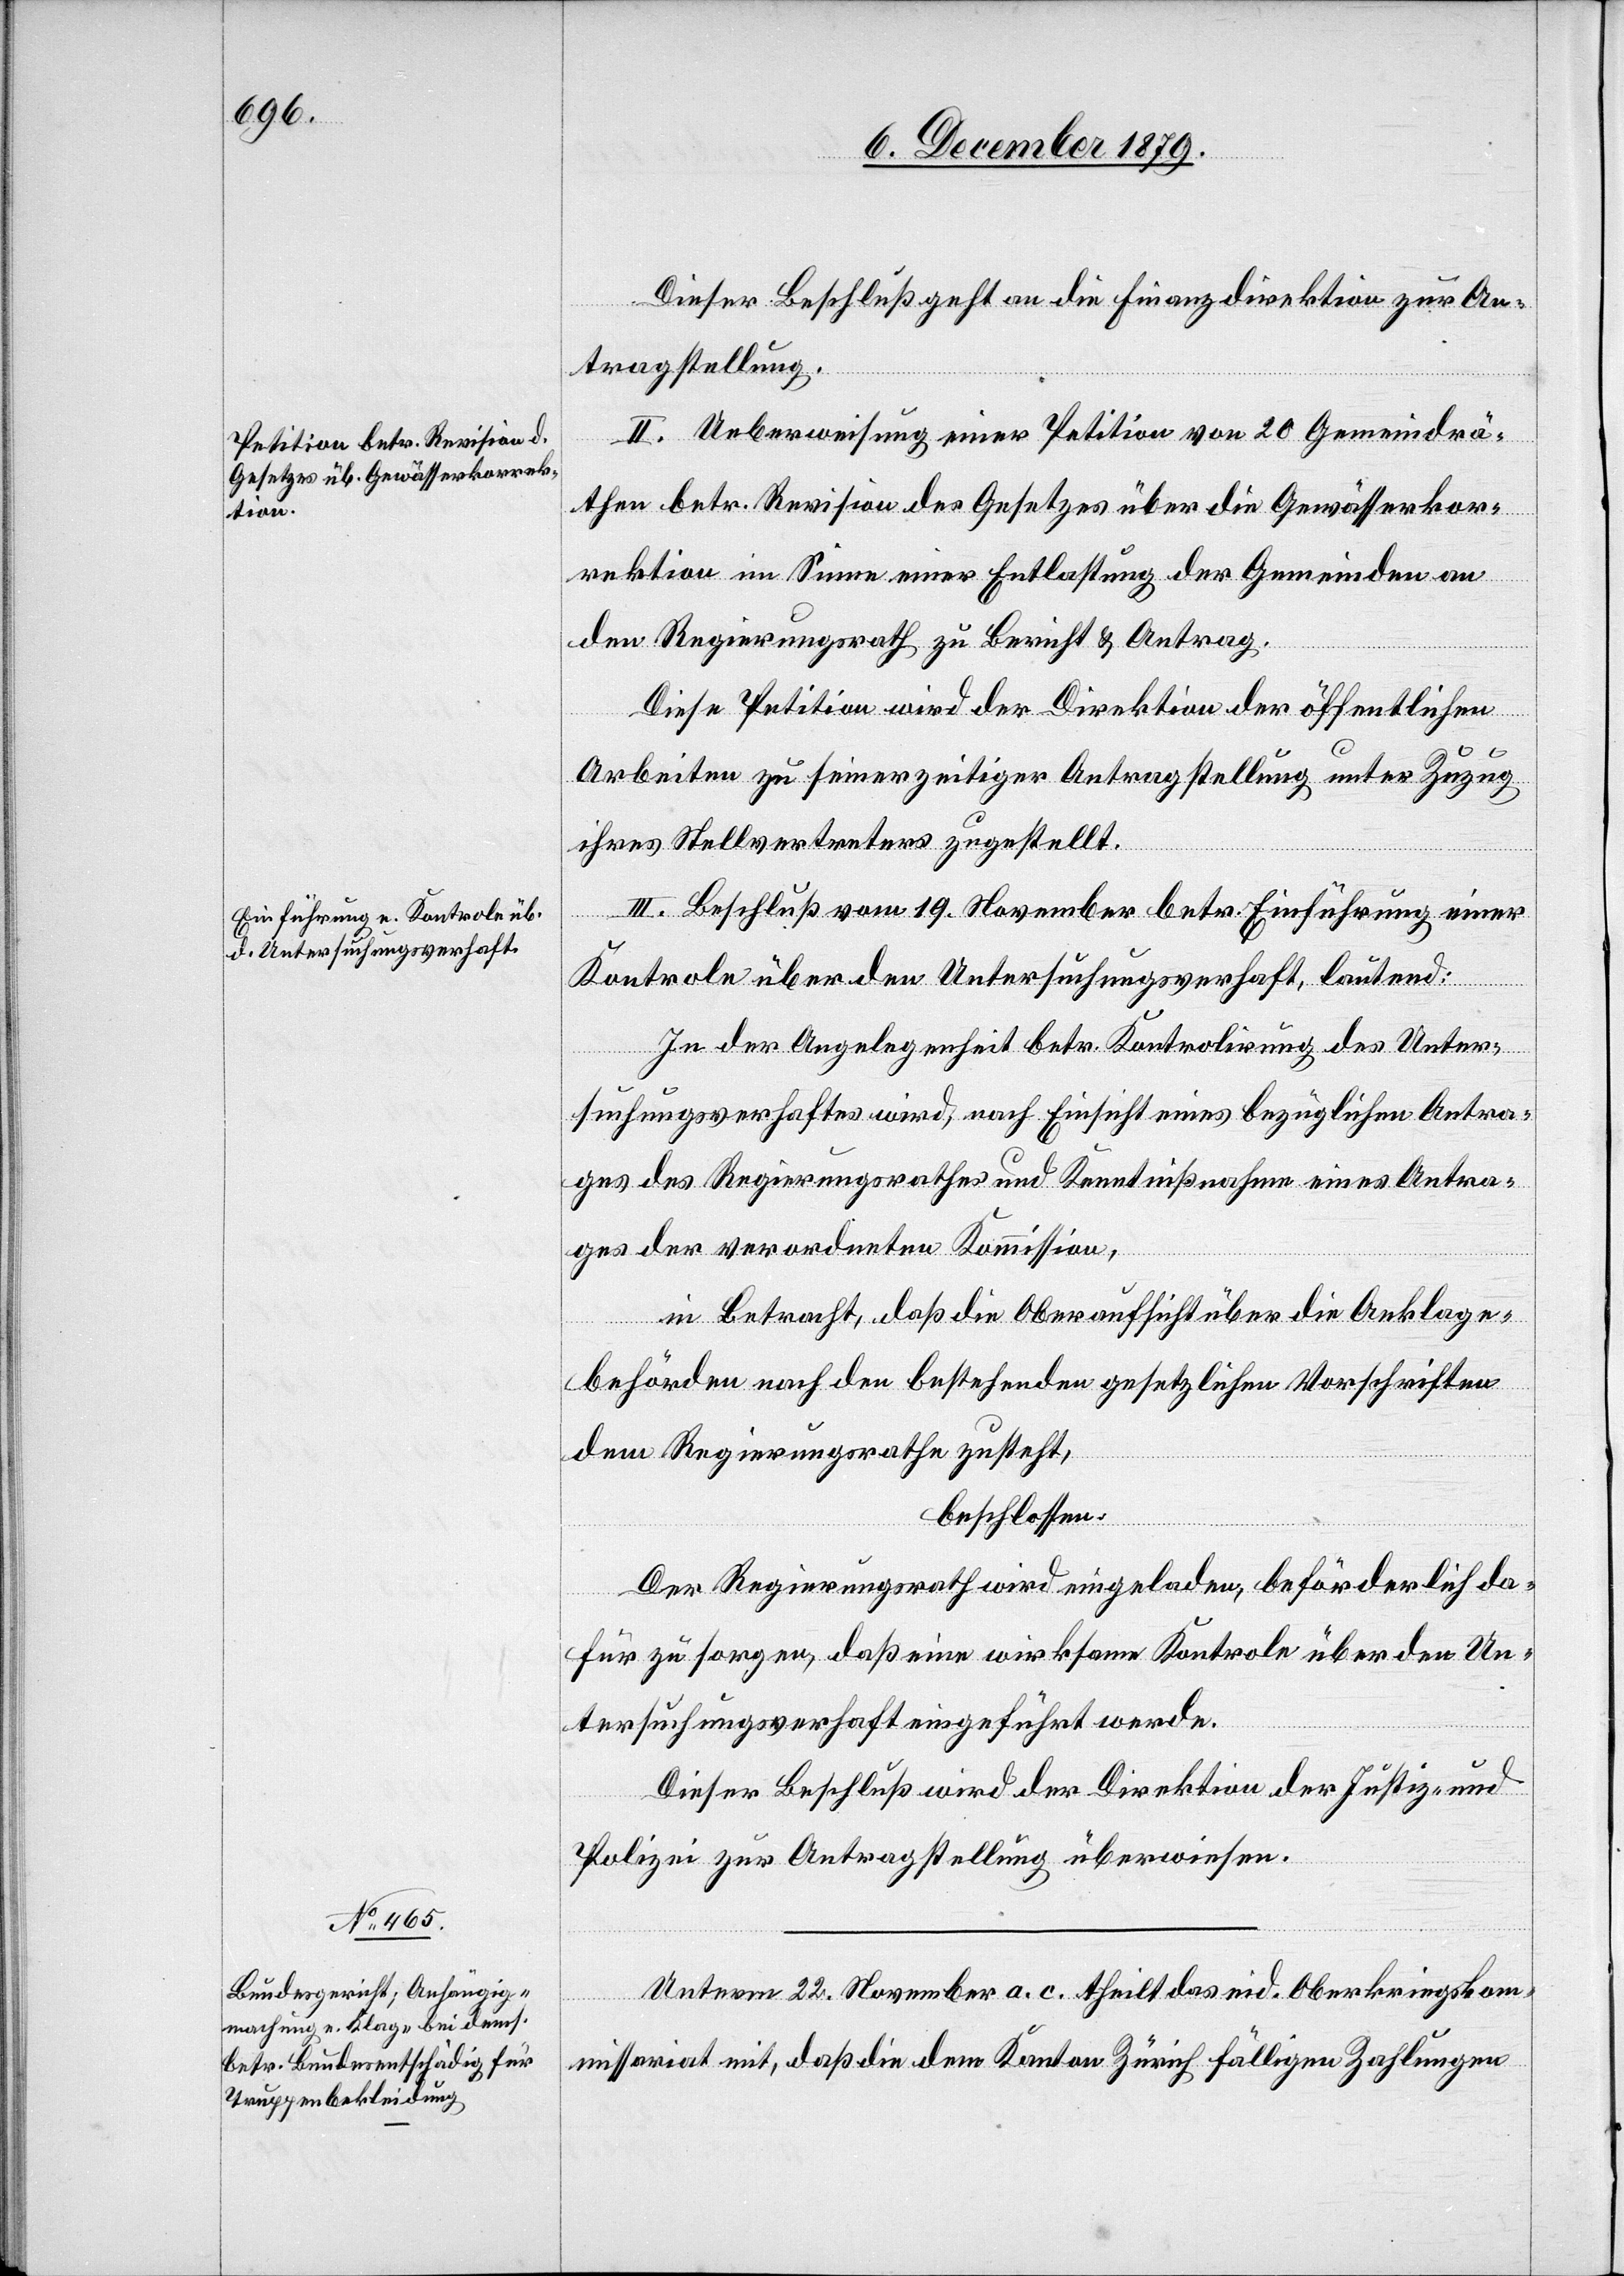
Dieser Beschluß geht an die Finanzdirektion zur An¬
tragstellung.
II. Ueberweisung einer Petition von 20 Gemeindrä¬
then betr. Revision des Gesetzes über die Gewässerkor¬
rektion im Sinne einer Entlastung der Gemeinden an
den Regierungsrath zu Bericht & Antrag.
Diese Petition wird der Direktion der öffentlichen
Arbeiten zu seinerzeitigen Antragstellung unter Zuzug
ihres Stellvertreters zugestellt.
III. Beschluß vom 19. November betr. Einführung einer
Kontrole über den Untersuchungsverhaft, lautend:
In der Angelegenheit betr. Kontrolirung des Unter¬
suchungsverhaftes wird, nach Einsicht eines bezüglichen Antra¬
ges des Regierungsrathes und Kenntnißnahme eines Antra¬
ges der verordneten Kommission,
in Betracht, daß die Oberaufsicht über die Anklage¬
behörden nach den bestehenden gesetzlichen Vorschriften
dem Regierungsrathe zusteht,
beschlossen:
Der Regierungsrath wird eingeladen, beförderlich da¬
für zu sorgen, daß eine wirksame Kontrole über den Un¬
tersuchungsverhaft eingeführt werde.
Dieser Beschluß wird der Direktion der Justiz- und
Polizei zur Antragstellung überwiesen.
Unterm 22. November a. c. theilt das eid. Oberkriegskom¬
missariat mit, daß die dem Kanton Zürich fälligen Zahlungen